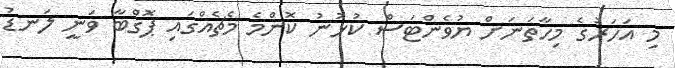
މި އަހަރުގެ މިހާތަނަށް ޔުވެންޓަސް ކުޅުނު ކޮންމެ މެޗެއްގައި ޕޮގްބާ ވަނީ ލަނޑު